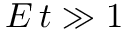
E \, t \gg 1